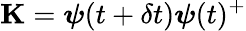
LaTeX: \mathbf{K}=\boldsymbol{\psi}({t+\delta t})\boldsymbol{\psi}(t)^{+}